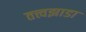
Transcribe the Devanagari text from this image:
तत्त्वझाडा